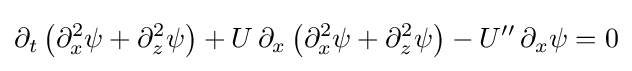
\partial _{t}\left(\partial _{x}^{2}\psi +\partial _{z}^{2}\psi \right)+U\,\partial _{x}\left(\partial _{x}^{2}\psi +\partial _{z}^{2}\psi \right)-U''\,\partial _{x}\psi =0